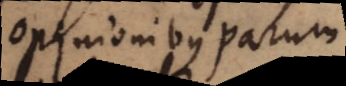
opinionibus parum